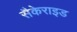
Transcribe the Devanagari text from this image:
सैकेराइड